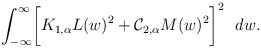
\begin{align*}\int_{-\infty}^{\infty} \biggl[ K_{1,\alpha} L(w)^2 + {\cal C}_{2,\alpha} M(w)^2\biggr]^2 ~~dw.\end{align*}